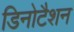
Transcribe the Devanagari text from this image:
डिनोटैशन